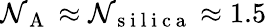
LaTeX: \mathcal{N}_{\mathrm{{~A~}}}\approx\mathcal{N}_{\mathrm{{~s~i~l~i~c~a~}}}\approx1.5